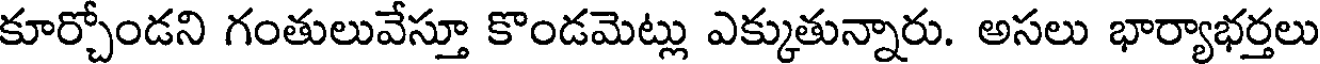
కూర్చోండని గంతులువేస్తూ కొండమెట్లు ఎక్కుతున్నారు. అసలు భార్యాభర్తలు